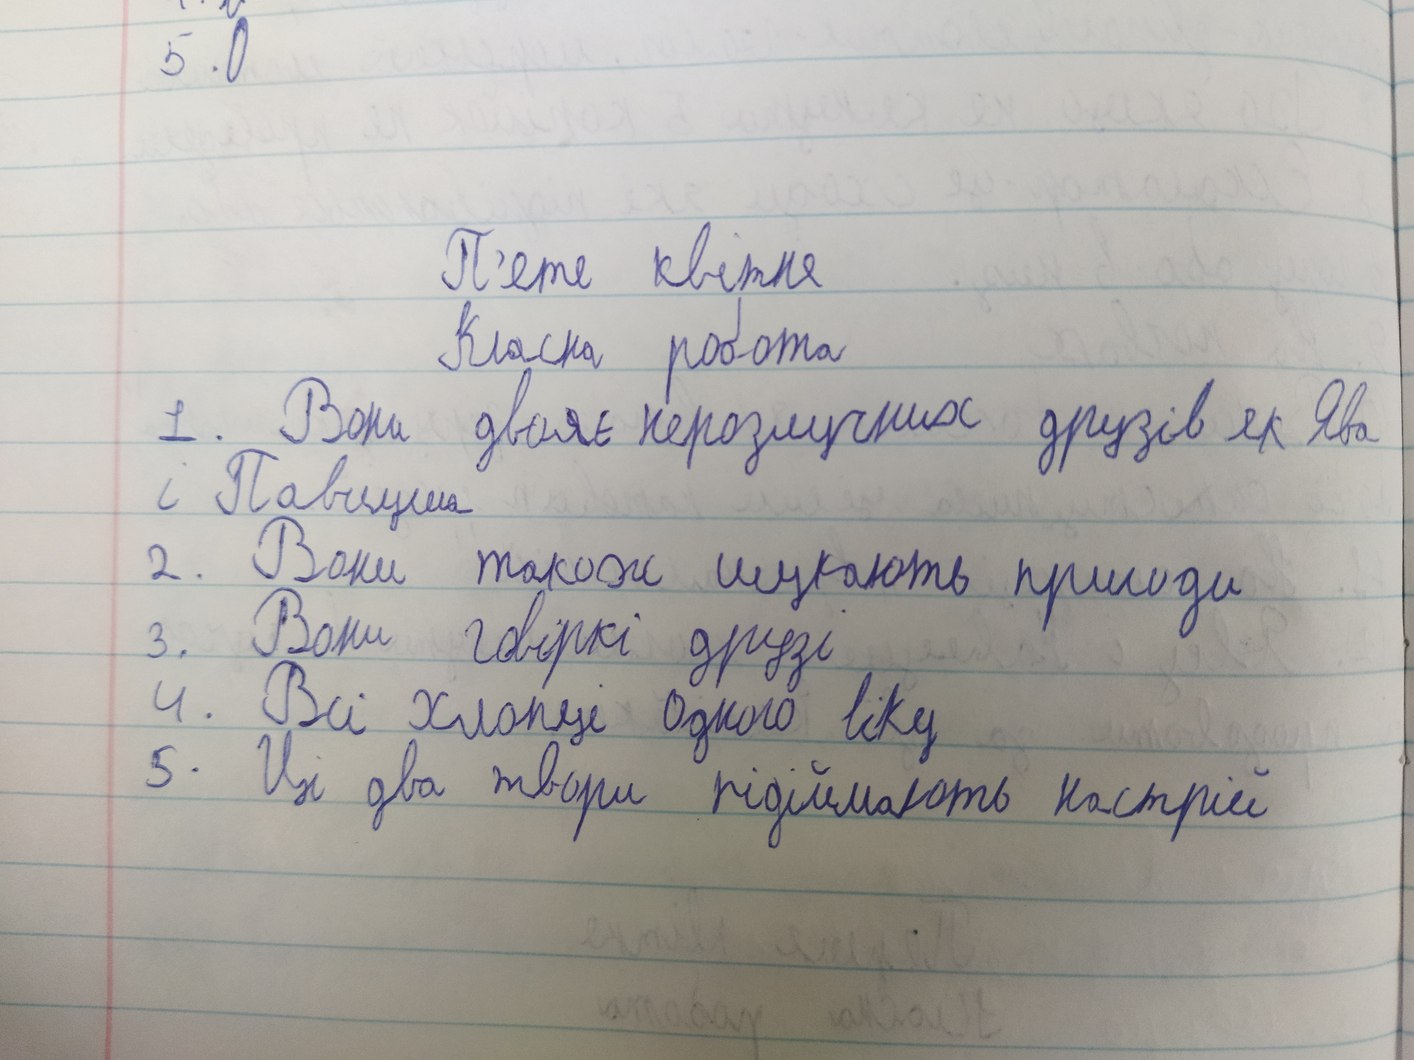
5.0
П'яте квітня
Класна робота
1. Вони двоє нерозлучних друзів як Ява
і Павлуша
2. Вони також шукають пригоди
3. Вони говіркі друзі
4. Всі хлопці одного віку
5. Ці два твори підіймають настрій